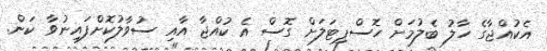
އެކުއްޖާގެ ހާލު ބެލުމަށް ހޮސްޕިޓަލަށް ގޮސް އެ ކުއްޖާ އާއި ސުވާލުކޮށްފައިނުވާ ކަން.